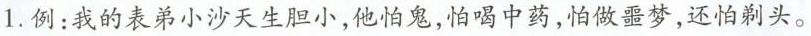
1.例：我的表弟小沙天生胆小，他怕鬼，怕喝中药，怕做噩梦，还怕剃头。